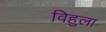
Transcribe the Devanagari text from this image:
विहुला